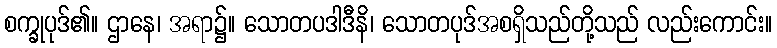
စက္ခုပုဒ်၏။ ဌာနေ၊ အရာ၌။ သောတပဒါဒီနိ၊ သောတပုဒ်အစရှိသည်တို့သည် လည်းကောင်း။